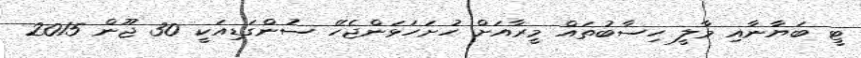
ޓީ ބަޔާނާއި މާލީ ހިސާބުތައް މީރާއަށް ހުށަހަޅަންޖެހޭ ސުންގަޑިއަކީ 30 ޖޫން 2015